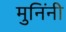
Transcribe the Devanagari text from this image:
मुनिंनी